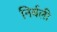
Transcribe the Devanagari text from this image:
निर्बली